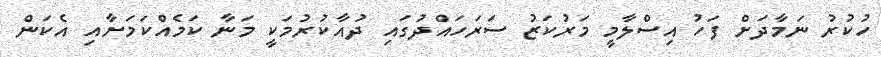
ހުކުރު ނަމާދަށް ފަހު އިސްލާމީ މަރުކަޒު ސަރަަހައްދުގައި ދުއާކުރުމަކީ މަނާ ކަމެއްކަމަށާއި އެކަން